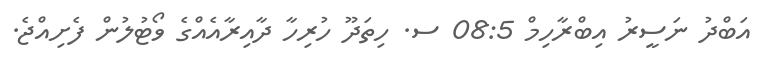
އަބްދު ނަސީރު އިބްރާހިމް 08:5 ސ. ހިތަދޫ ހުރިހާ ދާއިރާއެއްގެ ވޯޓުލުން ފެށިއްޖެ.